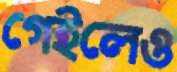
গেইলেও